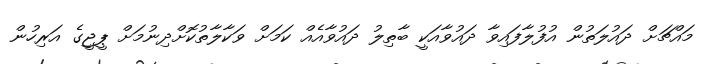
މައްޗަށް ދައުލަތުން އުފުލާފައިވާ ދައުވާއަކީ ބާތިލު ދައުވާއެއް ކަމަށް ވަކާލާތުކޮށްދިނުމަށް ޕީޖީގެ އަރިހުން